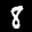
Label: 8